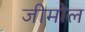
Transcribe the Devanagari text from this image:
जीमोल